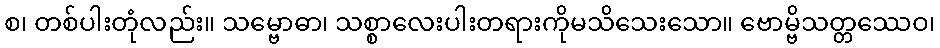
စ၊ တစ်ပါးတုံလည်း။ သမ္ဗောဓာ၊ သစ္စာလေးပါးတရားကိုမသိသေးသော။ ဗောမ္ဗိသတ္တဿေဝ၊